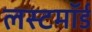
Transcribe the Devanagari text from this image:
लस्टमॉर्ड